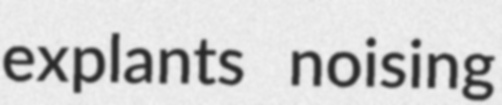
explants noising